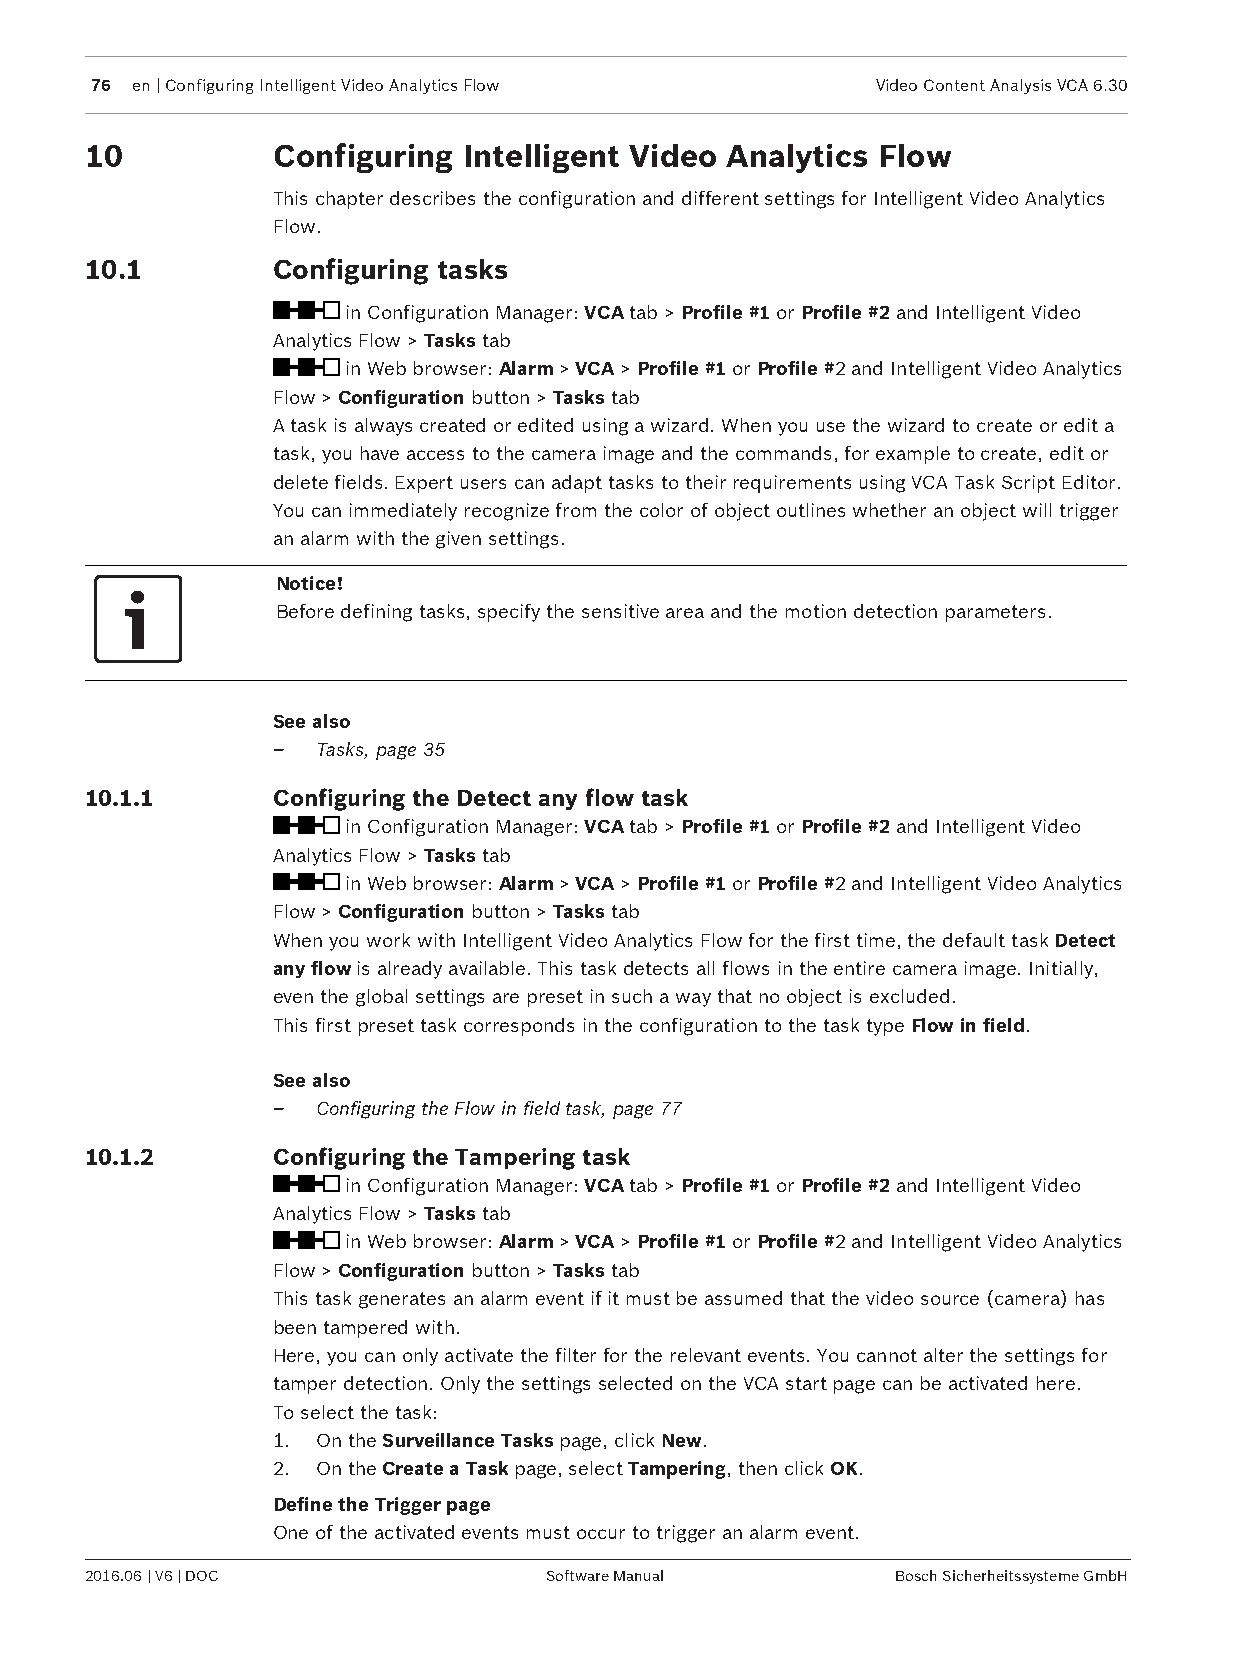
76 en | Configuring Intelligent Video Analytics Flow Video Content Analysis VCA 6.30
 10          Configuring  Intelligent Video Analytics Flow
 This chapter describes the configuration and different settings for Intelligent Video Analytics
 Flow.
 10.1        Configuring tasks
 in Configuration Manager: VCA tab > Profile #1 or Profile #2 and Intelligent Video
 Analytics Flow > Tasks tab
 in Web browser: Alarm > VCA > Profile #1 or Profile #2 and Intelligent Video Analytics
 Flow > Configuration button > Tasks tab
 A task is always created or edited using a wizard. When you use the wizard to create or edit a
 task, you have access to the camera image and the commands, for example to create, edit or
 delete fields. Expert users can adapt tasks to their requirements using VCA Task Script Editor.
 You can immediately recognize from the color of object outlines whether an object will trigger
 an alarm with the given settings.
 Notice!
 Before defining tasks, specify the sensitive area and the motion detection parameters.
 See also
 –  Tasks, page 35
 10.1.1      Configuring the Detect any flow task
 in Configuration Manager: VCA tab > Profile #1 or Profile #2 and Intelligent Video
 Analytics Flow > Tasks tab
 in Web browser: Alarm > VCA > Profile #1 or Profile #2 and Intelligent Video Analytics
 Flow > Configuration button > Tasks tab
 When you work with Intelligent Video Analytics Flow for the first time, the default task Detect
 any flow is already available. This task detects all flows in the entire camera image. Initially,
 even the global settings are preset in such a way that no object is excluded.
 This first preset task corresponds in the configuration to the task type Flow in field.
 See also
 –  Configuring the Flow in field task, page 77
 10.1.2      Configuring the Tampering task
 in Configuration Manager: VCA tab > Profile #1 or Profile #2 and Intelligent Video
 Analytics Flow > Tasks tab
 in Web browser: Alarm > VCA > Profile #1 or Profile #2 and Intelligent Video Analytics
 Flow > Configuration button > Tasks tab
 This task generates an alarm event if it must be assumed that the video source (camera) has
 been tampered with.
 Here, you can only activate the filter for the relevant events. You cannot alter the settings for
 tamper detection. Only the settings selected on the VCA start page can be activated here.
 To select the task:
 1. On the Surveillance Tasks page, click New.
 2. On the Create a Task page, select Tampering, then click OK.
 Define the Trigger page
 One of the activated events must occur to trigger an alarm event.
 2016.06 | V6 | DOC            Software Manual        Bosch Sicherheitssysteme GmbH